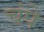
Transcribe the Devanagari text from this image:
चंपे